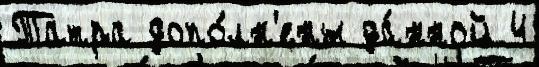
Татра допо́лн'ены да́нной 4